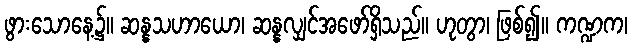
ဖွားသောနေ့၌။ ဆန္နသဟာယော၊ ဆန္နလျှင်အဖော်ရှိသည်။ ဟုတွာ၊ ဖြစ်၍။ ကဏ္ဍက၊